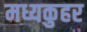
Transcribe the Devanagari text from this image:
मध्यकुहर